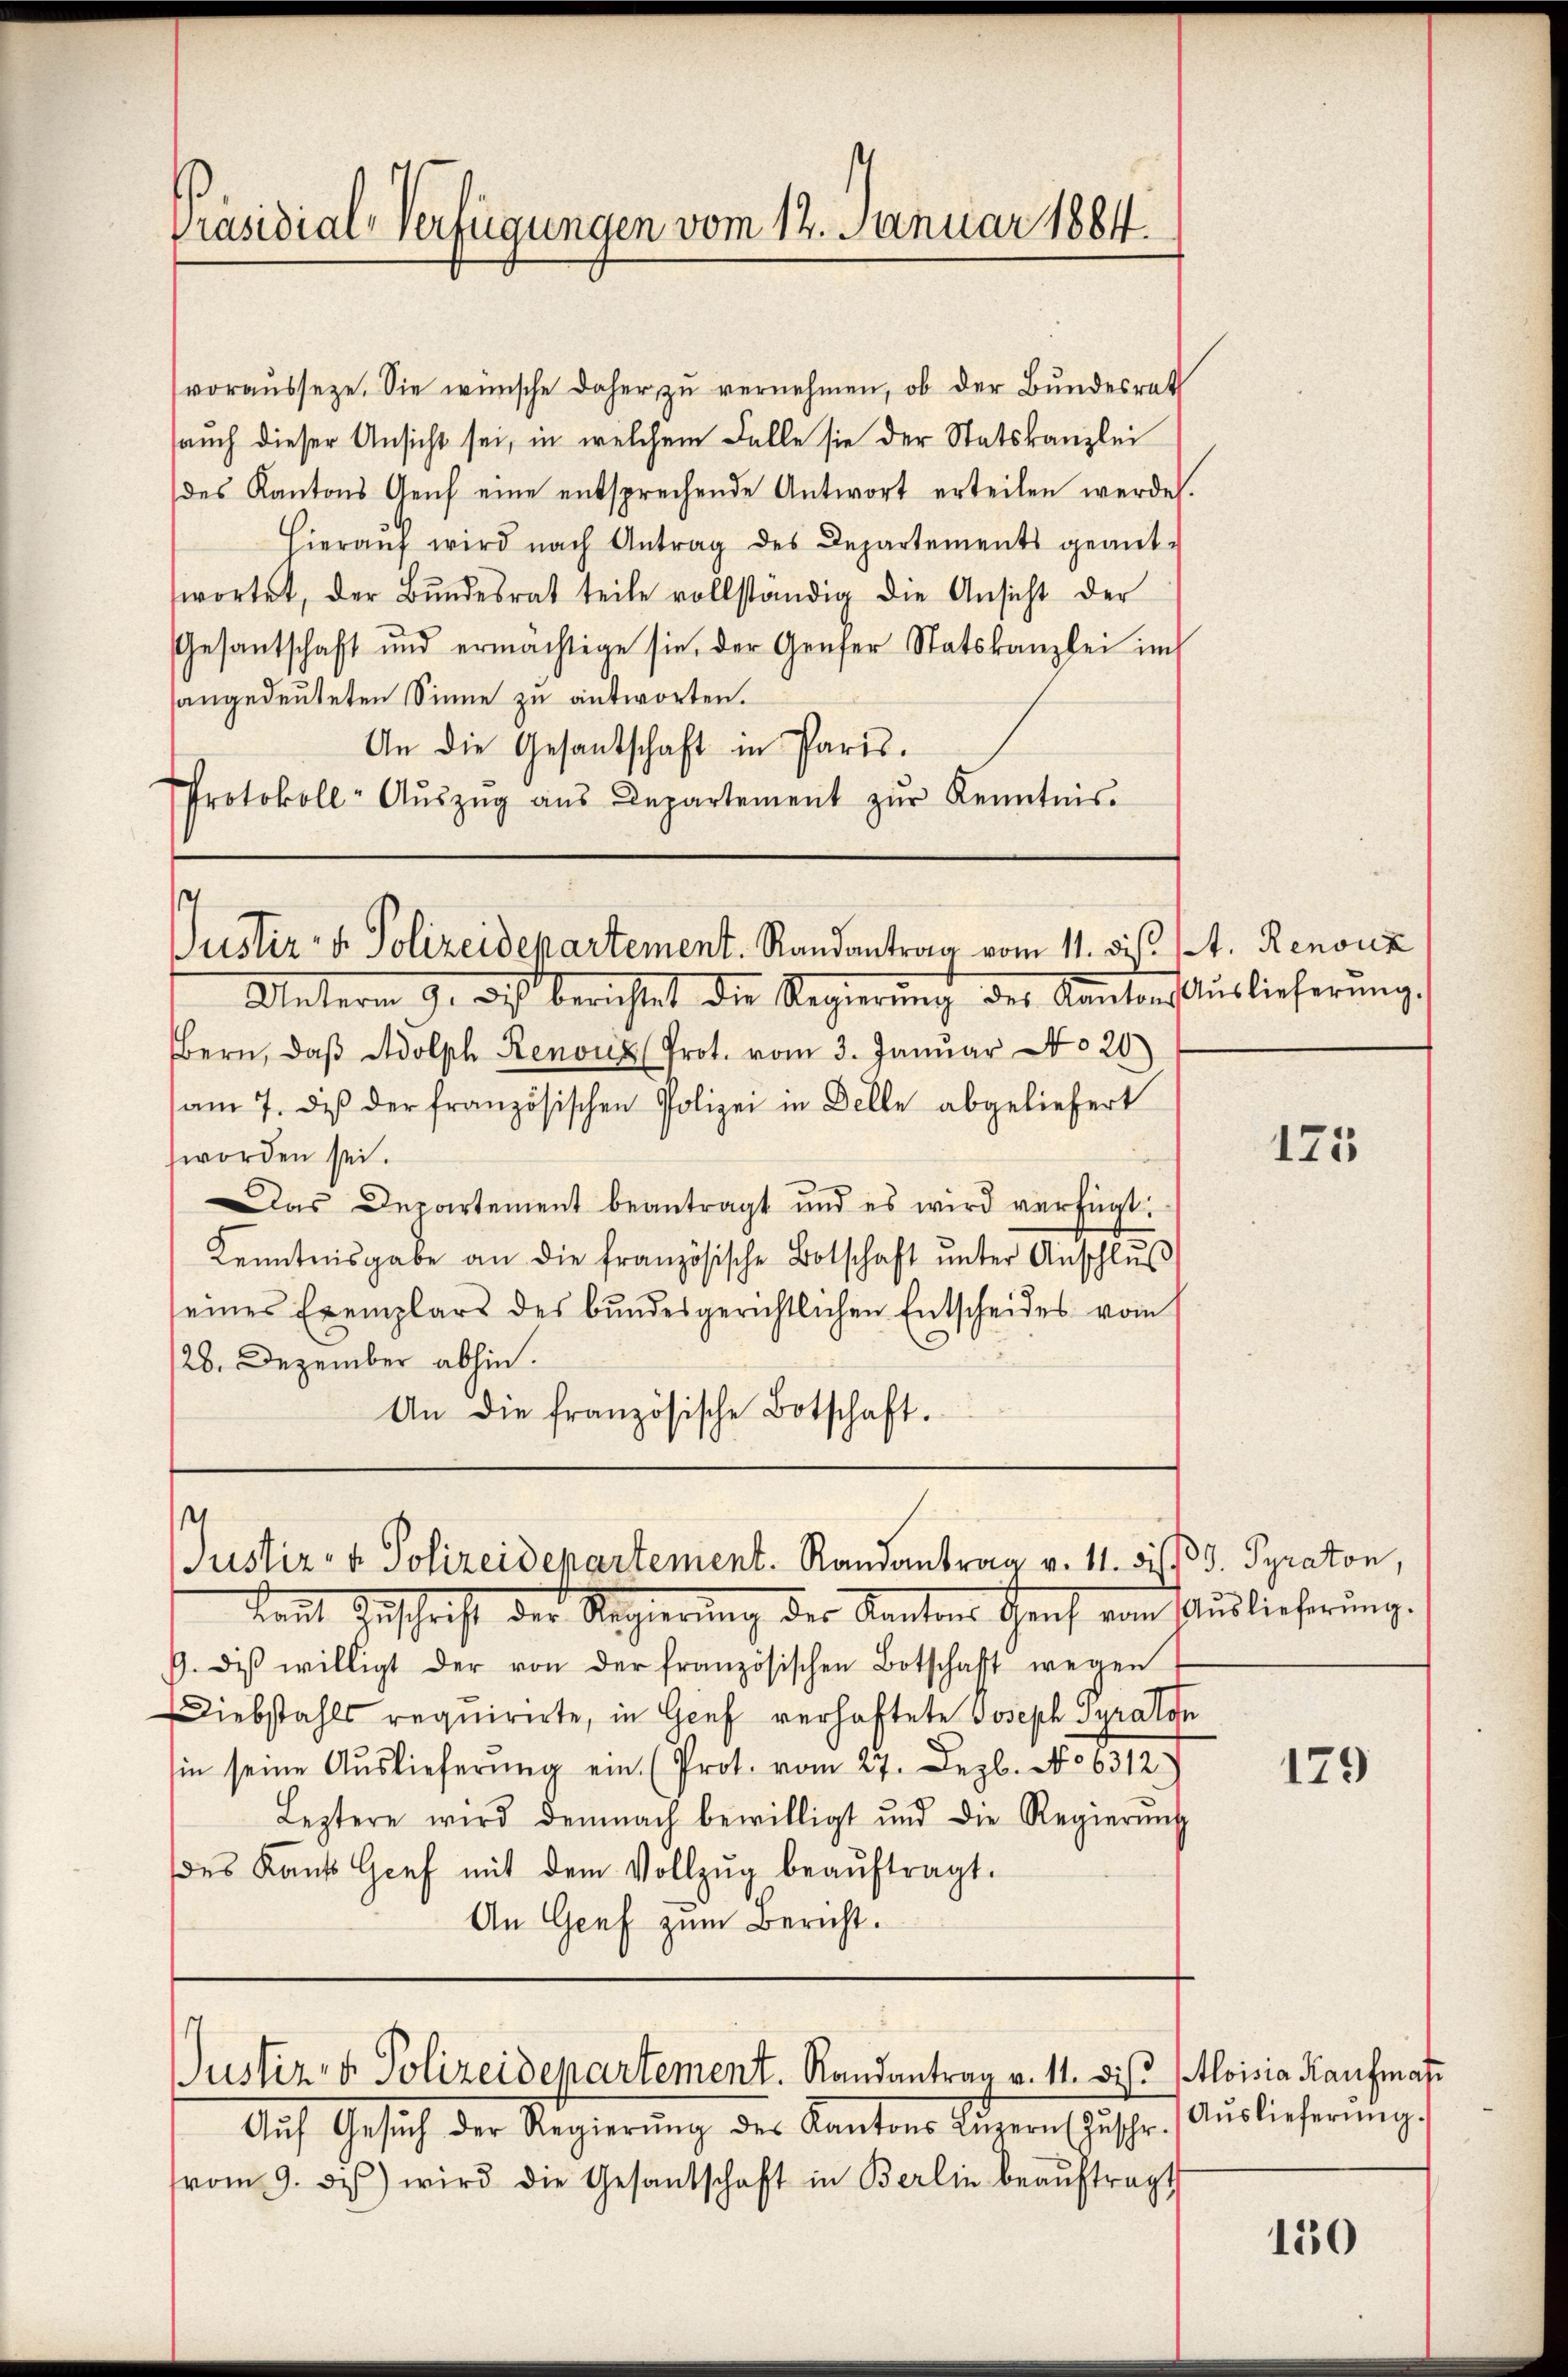
Präsidial-Verfügungen vom 12. Januar 1884.

voraŭssetze. Sie wünsche daher zŭ vernehmen, ob der Bŭndesrat
sauch dieser Ansicht sei, in welchem Falle sie der Statskanzlei
des Kantons Genf eine entsprechende Antwort erteilen werde.
Hieraŭf wird nach Antrag des Departements geant-
swortet, der Bŭndesrat teile vollständig die Ansicht der
Gesantschaft und ermächtige sie, der Genfer Statskanzlei im
sangedeuteten Sinne zu antworten.
An die Gesantschaft in Paris.
Protokoll- Aŭszŭg aŭs Departement zŭr Kenntnis.

s
Justiz- u. Polizeidepartement. Randantrag vom 11. ds. t. Renouz

Justiz- & Polizeidepartement. Randantrag v. 11. bis 5. Pyraton,

Justiz- & Polizeidepartement. Randantrag v. 11. dies Aloisia Kaufmas

Unterm 9. des berichtet die Regierung des Kantonsauslieferung,
Bern, daβ Adolph Renonz (Prot. vom 3. Januar No 20
am 7. des der französischen Polizei in Delle abgeliefert
worden sei.
Das Departement beantragt und es wird verfügt:
Kenntnisgabe an die französische Botschaft ŭnter Anschlŭβ
eines Exemplars des bundesgerichtlichen Entscheides vom
28. Dezember abhin.
An die französische Botschaft.

Aŭf Gesŭch der Regierŭng des Kantons Luzern (Zuschr. Auslieferŭng.
vom 9. des wird die Gesandschaft in Berlin beaŭftragt

kannt Zuschrift der Regierung des Kantons Genf vom Auslieferung.
9. diβ willigt der von der französischen Botschaft wegen
Diebstahls requirirte, in Genf verhaftete Joseph Gyralon
sin seine Auslieferŭng ein (Prot. vom 27. Dezb. No 6312)
Leztere wird demnach bewilligt und die Regierŭng
des Kants Genf mit dem Vollzŭg beaŭftragt.
An Genf zum Bericht.

125

129

150